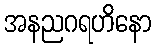
အနညဂရဟိနော